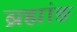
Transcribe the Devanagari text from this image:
ब्रह्मांङ